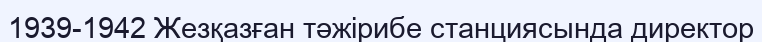
1939-1942 Жезқазған тәжірибе станциясында директор